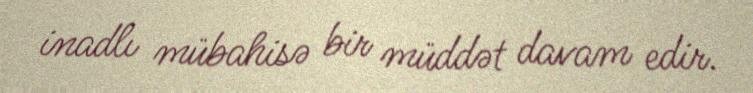
inadlı mübahisə bir müddət davam edir.